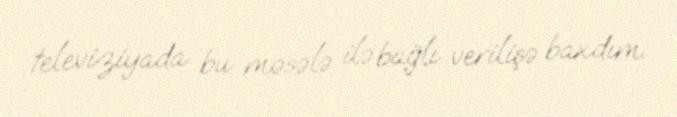
televiziyada bu məsələ ilə bağlı verilişə baxdım.